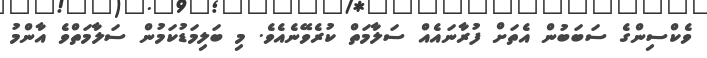
ވެކްސިންގެ ސަބަބުން އެތަށް ފުރާނައެއް ސަލާމަތް ކުރެވޭނެއެވެ. މި ބަލިމަޑުކަމުން ސަލާމަތްވެ އާންމު